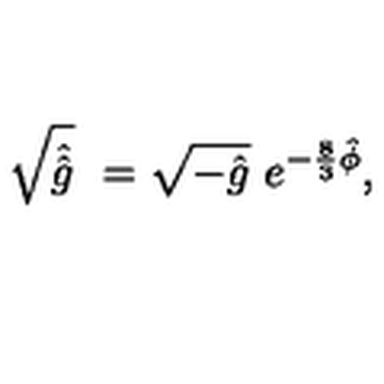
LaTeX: \sqrt { \hat { \hat { g } } } \ = \sqrt { - \hat { g } } \ e ^ { - \frac { 8 } { 3 } \hat { \phi } } ,